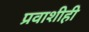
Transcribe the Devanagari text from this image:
प्रवाशीही